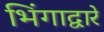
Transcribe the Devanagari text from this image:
भिंगाद्वारे